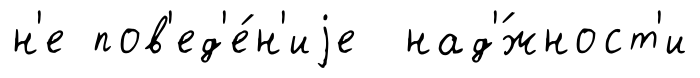
н'е пов'ед'е́н'иjе над'́жност'и